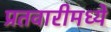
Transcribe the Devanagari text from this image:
प्रतवारीमध्ये